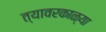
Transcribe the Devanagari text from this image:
त्यावरकाळ्या